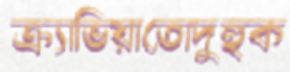
ক্র্যাভিয়াতোদুহুক